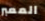
المعبر